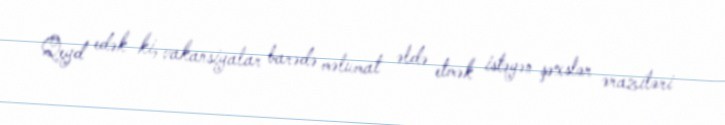
Qeyd edək ki, vakansiyalar barədə məlumat əldə etmək istəyən şəxslər əraziləri